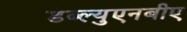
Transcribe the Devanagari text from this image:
डब्ल्युएनबीए